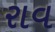
રાવ